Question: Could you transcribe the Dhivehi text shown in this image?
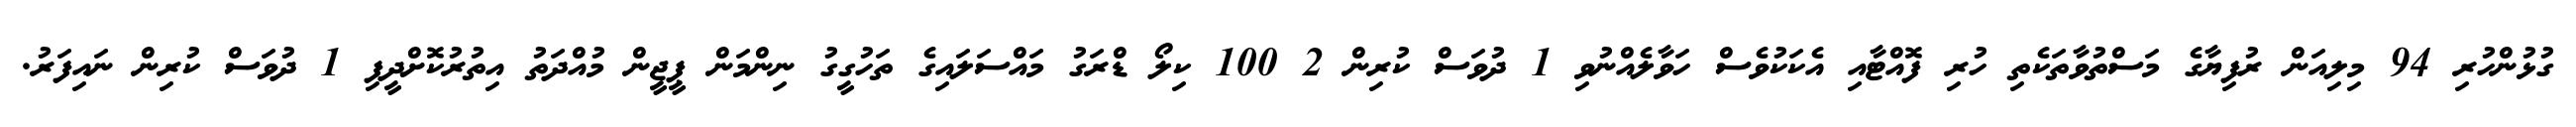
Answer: ގުޅުންހުރި 94 މިލިއަން ރުފިޔާގެ މަސްތުވާތަކެތި ހުރި ފޮއްޓާއި އެކަކުވެސް ހަވާލެއްނުވި 1 ދުވަސް ކުރިން 2 100 ކިލޯ ޑްރަގު މައްސަލައިގެ ތަހުގީގު ނިންމަން ޕީޖީން މުއްދަތު އިތުރުކޮށްދީފި 1 ދުވަސް ކުރިން ނައިފަރު.